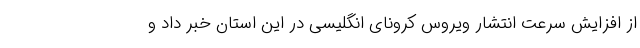
از افزایش سرعت انتشار ویروس کرونای انگلیسی در این استان خبر داد و